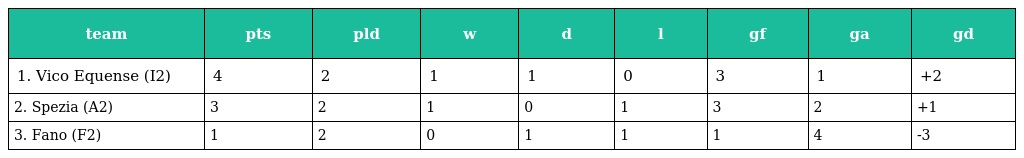
| team | pts | pld | w | d | l | gf | ga | gd |
 | --- | --- | --- | --- | --- | --- | --- | --- | --- |
 | 1. Vico Equense (I2) | 4 | 2 | 1 | 1 | 0 | 3 | 1 | +2 |
 | 2. Spezia (A2) | 3 | 2 | 1 | 0 | 1 | 3 | 2 | +1 |
 | 3. Fano (F2) | 1 | 2 | 0 | 1 | 1 | 1 | 4 | -3 |